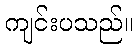
ကျင်းပသည်။